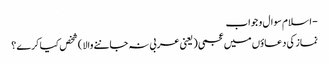
- اسلام سوال و جواب
نماز کی دعاؤں میں عجمی ( یعنی عربی نہ جاننے والا ) شخص کیا کرے ؟